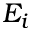
E _ { i }